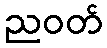
ညဝတ်